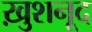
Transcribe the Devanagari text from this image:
ख़ुशनूद